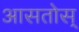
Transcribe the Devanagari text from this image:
आसतोस्